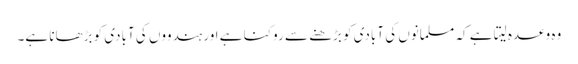
وہ وعدہ لیتا ہے کہ مسلمانوں کی آبادی کو بڑھنے سے روکنا ہے اور ہندووں کی آبادی کو بڑھانا ہے۔